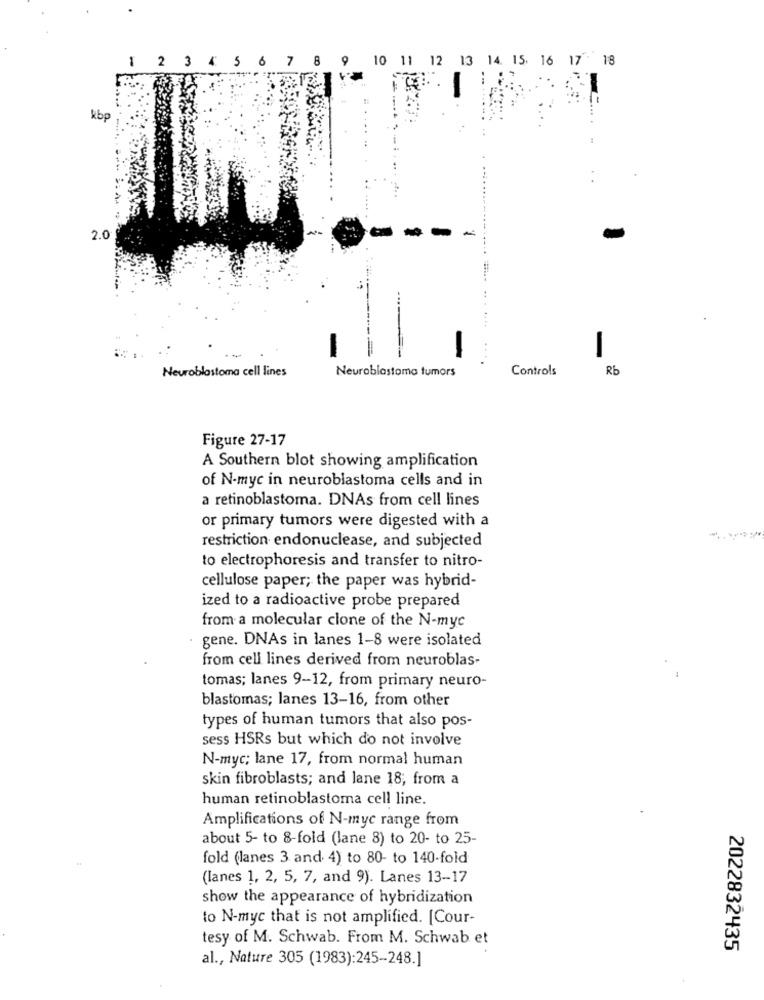
1 2 3 4 5 6 7
8
10 11 12 13 14. 15 16 17 18
kbp
2.0
.......
-
-
-
Neuroblastoma cell lines
Neuroblastoma tumors
Controls
Rb
Figure 27-17
A Southern blot showing amplification
of N-myc in neuroblastoma cells and in
a retinoblastoma. DNAs from cell lines
or primary tumors were digested with a
restriction endonuclease, and subjected
to electrophoresis and transfer to nitro-
cellulose paper; the paper was hybrid-
ized to a radioactive probe prepared
from a molecular clone of the N-myc
gene. DNAs in lanes 1-8 were isolated
from cell lines derived from neuroblas-
tomas; lanes 9-12, from primary neuro-
blastomas; lanes 13-16, from other
types of human tumors that also pos-
sess HSRs but which do not involve
N-myc; lane 17, from normal human
skin fibroblasts; and lane 18, from a
human retinoblastoma cell line.
Amplifications of N-myc range from
about 5- to 8-fold (lane 8) to 20- to 25-
fold (lanes 3 and 4) to 80- to 140-fold
(lanes 1, 2, 5, 7, and 9). Lanes 13-17
show the appearance of hybridization
to N-myc that is not amplified. [Cour-
tesy of M. Schwab. From M. Schwab et
2022832435
al ., Nature 305 (1983):245-248.]